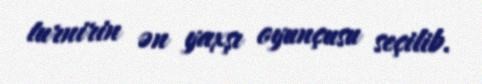
turnirin ən yaxşı oyunçusu seçilib.